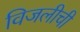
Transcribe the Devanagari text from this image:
विजलीची